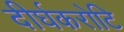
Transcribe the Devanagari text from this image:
दीर्घकरोटि